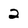
Character: 2